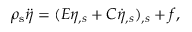
\rho _ { \mathrm { s } } \ddot { \eta } = ( E \eta _ { , s } + C \dot { \eta } _ { , s } ) _ { , s } + f ,